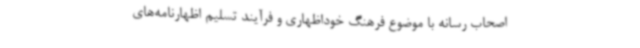
اصحاب رسانه با موضوع فرهنگ خوداظهاری و فرآیند تسلیم اظهارنامه‌های